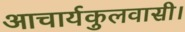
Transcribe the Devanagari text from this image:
आचार्यकुलवासी।